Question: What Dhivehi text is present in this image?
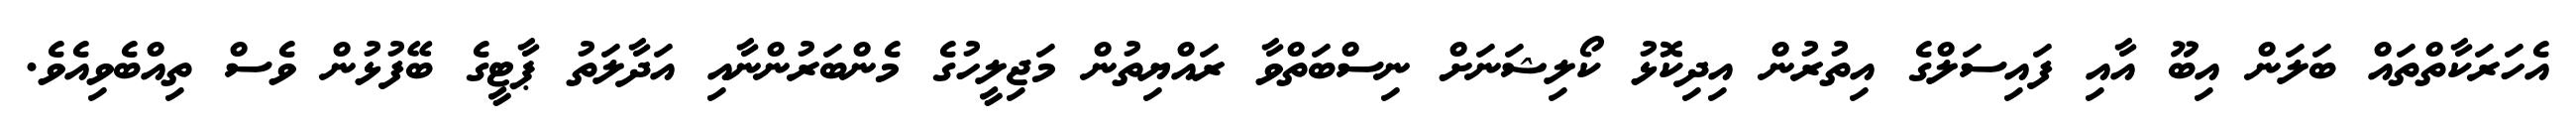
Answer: އެހަރަކާތްތައް ބަލަން އިބޫ އާއި ފައިސަލްގެ އިތުރުން އިދިކޮޅު ކޯލިޝަނަށް ނިސްބަތްވާ ރައްޔިތުން މަޖިލީހުގެ މެންބަރުންނާއި އަދާލަތު ޕާޓީގެ ބޭފުޅުން ވެސް ތިއްބެވިއެވެ.